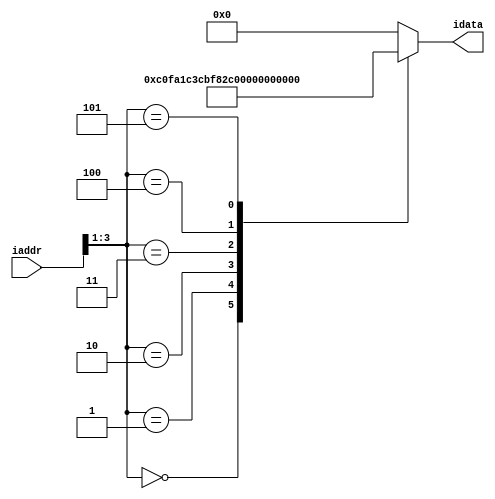
// Program or Instuction Memory -- IM1.V
// Multiplies 3 by 5 and the product is in X4
//
// It works like this:
//    First, the registers are initialized: X2 = 3, X4 = 0
//    X2 will serve as a counter, while X4
//    will serve to store the partial product
//
//    Second, there is a loop, where each pass will decrement
//    the counter X2 by one, and increment the partial product
//    X4 by 5.
//    Note that the loop will pass three times, each time
//    adding 5 to X4.  At the end of the loop, X4 = 3 x 5.
//
module IM(idata,iaddr);

output [15:0] idata;
input  [15:0] iaddr;

reg    [15:0] idata;

always @(iaddr[3:1])
  case(iaddr[3:1])
     0: idata={3'd6, 7'd3, 3'd7, 3'd2};      //L0: ADDI  X2,XZR,#3
     1: idata={3'd0, 3'd7,4'd0,3'd7,3'd4};   //    ADD   X4,XZR,XZR
     2: idata={3'd5, 7'b1111110,3'd0,3'd2};  //L1: CBZ   X2,L0
     3: idata={3'd6, 7'd5, 3'd4,3'd4};       //    ADDI  X4,X4,#5
     4: idata={3'd6, 7'b1111111,3'd2,3'd2};  //    ADDI  X2,X2,#-1
     5: idata={3'd5, 7'b1111101,3'd0,3'd7};  //    CBZ   XZR,L1
     default: idata=0;
  endcase

endmodule